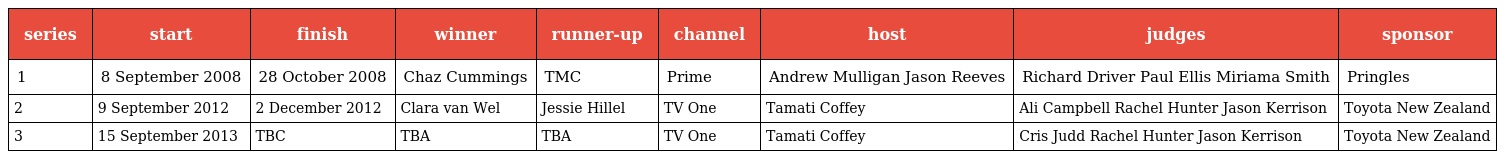
| series | start | finish | winner | runner-up | channel | host | judges | sponsor |
 | --- | --- | --- | --- | --- | --- | --- | --- | --- |
 | 1 | 8 September 2008 | 28 October 2008 | Chaz Cummings | TMC | Prime | Andrew Mulligan Jason Reeves | Richard Driver Paul Ellis Miriama Smith | Pringles |
 | 2 | 9 September 2012 | 2 December 2012 | Clara van Wel | Jessie Hillel | TV One | Tamati Coffey | Ali Campbell Rachel Hunter Jason Kerrison | Toyota New Zealand |
 | 3 | 15 September 2013 | TBC | TBA | TBA | TV One | Tamati Coffey | Cris Judd Rachel Hunter Jason Kerrison | Toyota New Zealand |